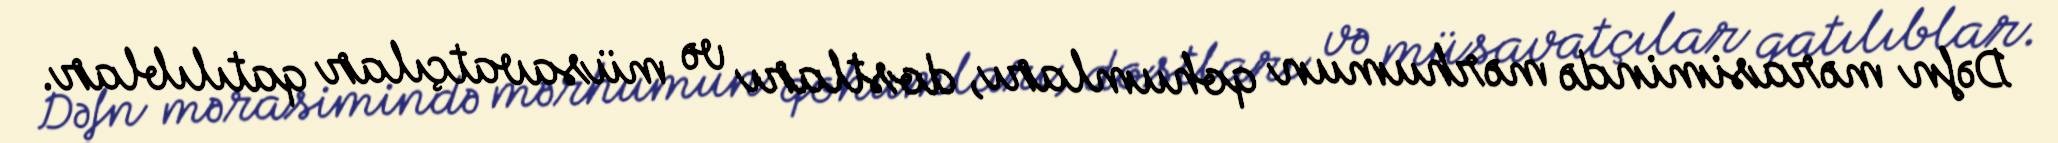
Dəfn mərasimində mərhumun qohumları, dostları və müsavatçılar qatılıblar.